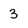
Character: 3